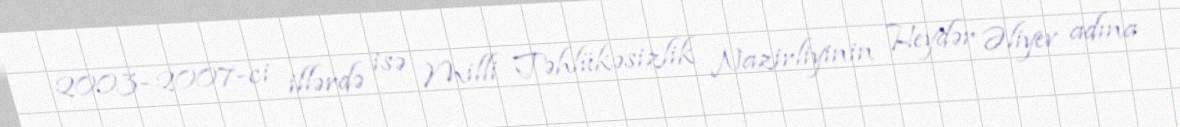
2003–2007-ci illərdə isə Milli Təhlükəsizlik Nazirliyinin Heydər Əliyev adına